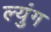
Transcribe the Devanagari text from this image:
ल्युंग